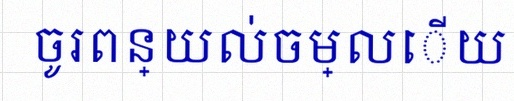
ចូរពន្យល់ចម្លើយ